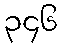
၃၄၆